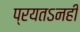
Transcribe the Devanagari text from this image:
प्रयतऽनही